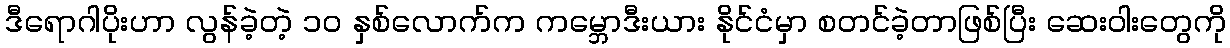
ဒီရောဂါပိုးဟာ လွန်ခဲ့တဲ့ ၁၀ နှစ်လောက်က ကမ္ဘောဒီးယား နိုင်ငံမှာ စတင်ခဲ့တာဖြစ်ပြီး ဆေးဝါးတွေကို